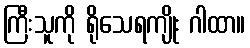
ကြီးသူကို ရိုသေရကျိုး ဂါထာ။